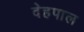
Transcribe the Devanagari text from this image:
देहपाल